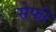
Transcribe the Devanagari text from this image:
सेफी